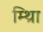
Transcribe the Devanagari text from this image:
म्थ्राि